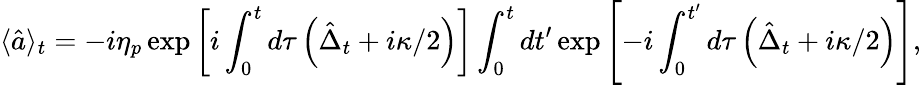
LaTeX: \langle\hat{a}\rangle_{t}=-i\eta_{p}\exp\left[i\int_{0}^{t}d\tau\left(\hat{\Delta}_{t}+i\kappa/2\right)\right]\int_{0}^{t}dt^{\prime}\exp\left[-i\int_{0}^{t^{\prime}}d\tau\left(\hat{\Delta}_{t}+i\kappa/2\right)\right],